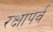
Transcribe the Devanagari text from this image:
रक्षापर्व